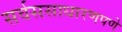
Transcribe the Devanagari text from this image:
सर्वससाधारणपणे